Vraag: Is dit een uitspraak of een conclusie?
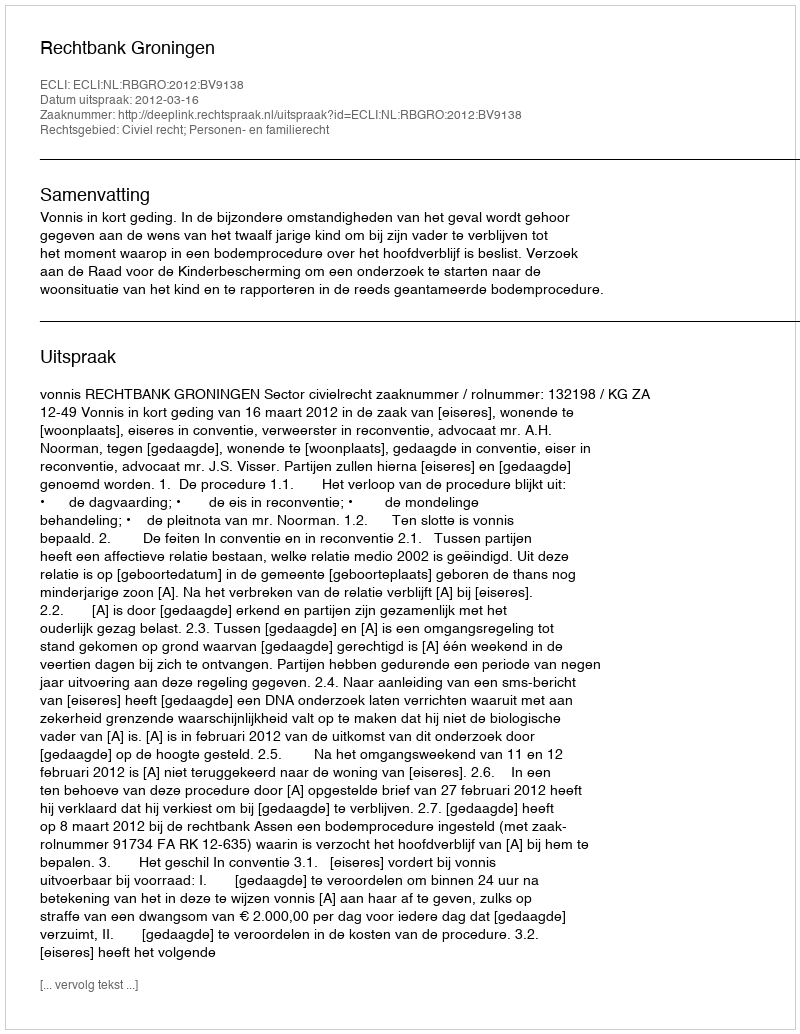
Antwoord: Uitspraak